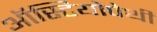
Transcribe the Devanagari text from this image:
ऑस्टियोपेथी